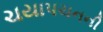
ચયાપચનની